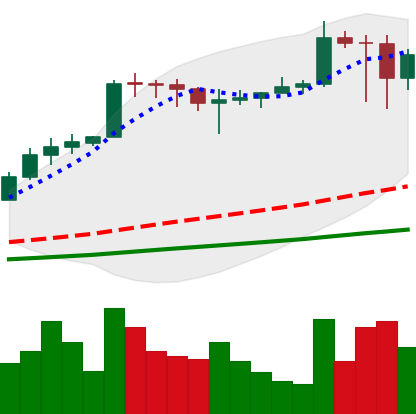
Ticker: ADA-USD
Chart end date: 2021-02-24
Forward return: 22.891%
Label: up_7plus